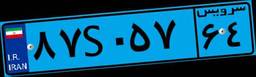
۷۲S۹۲۵۲۵